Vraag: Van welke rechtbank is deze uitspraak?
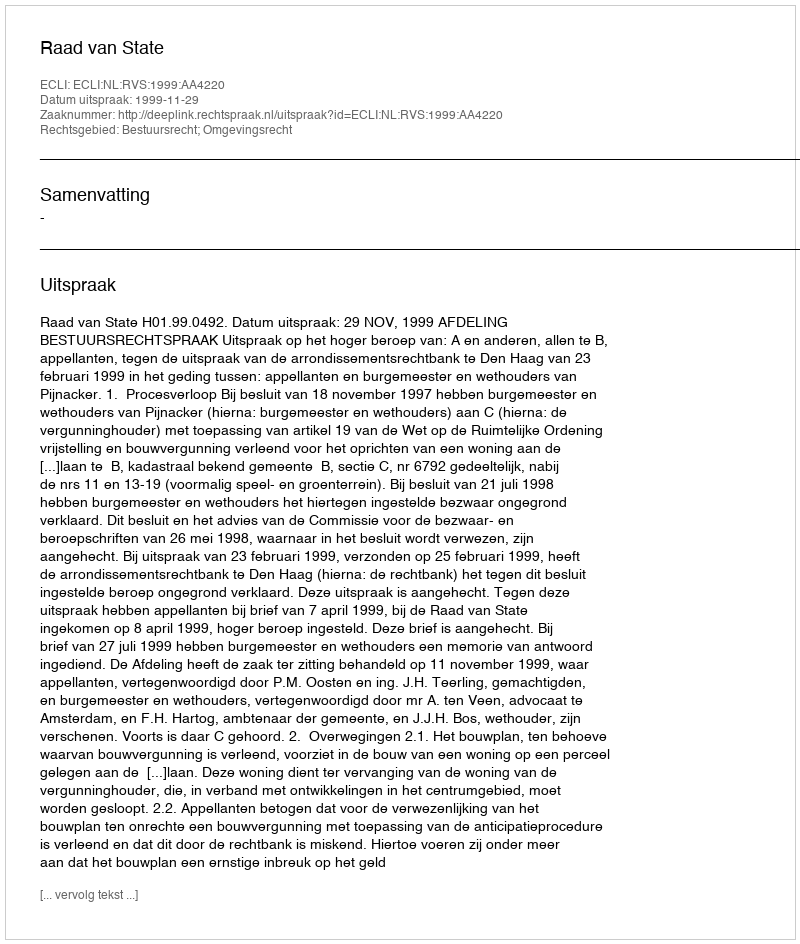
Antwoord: Raad van State